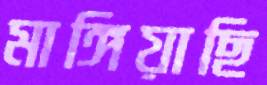
মাঙ্গিয়াছি